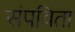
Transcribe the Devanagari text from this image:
संपविता